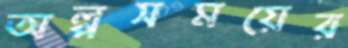
অল্পসময়ের